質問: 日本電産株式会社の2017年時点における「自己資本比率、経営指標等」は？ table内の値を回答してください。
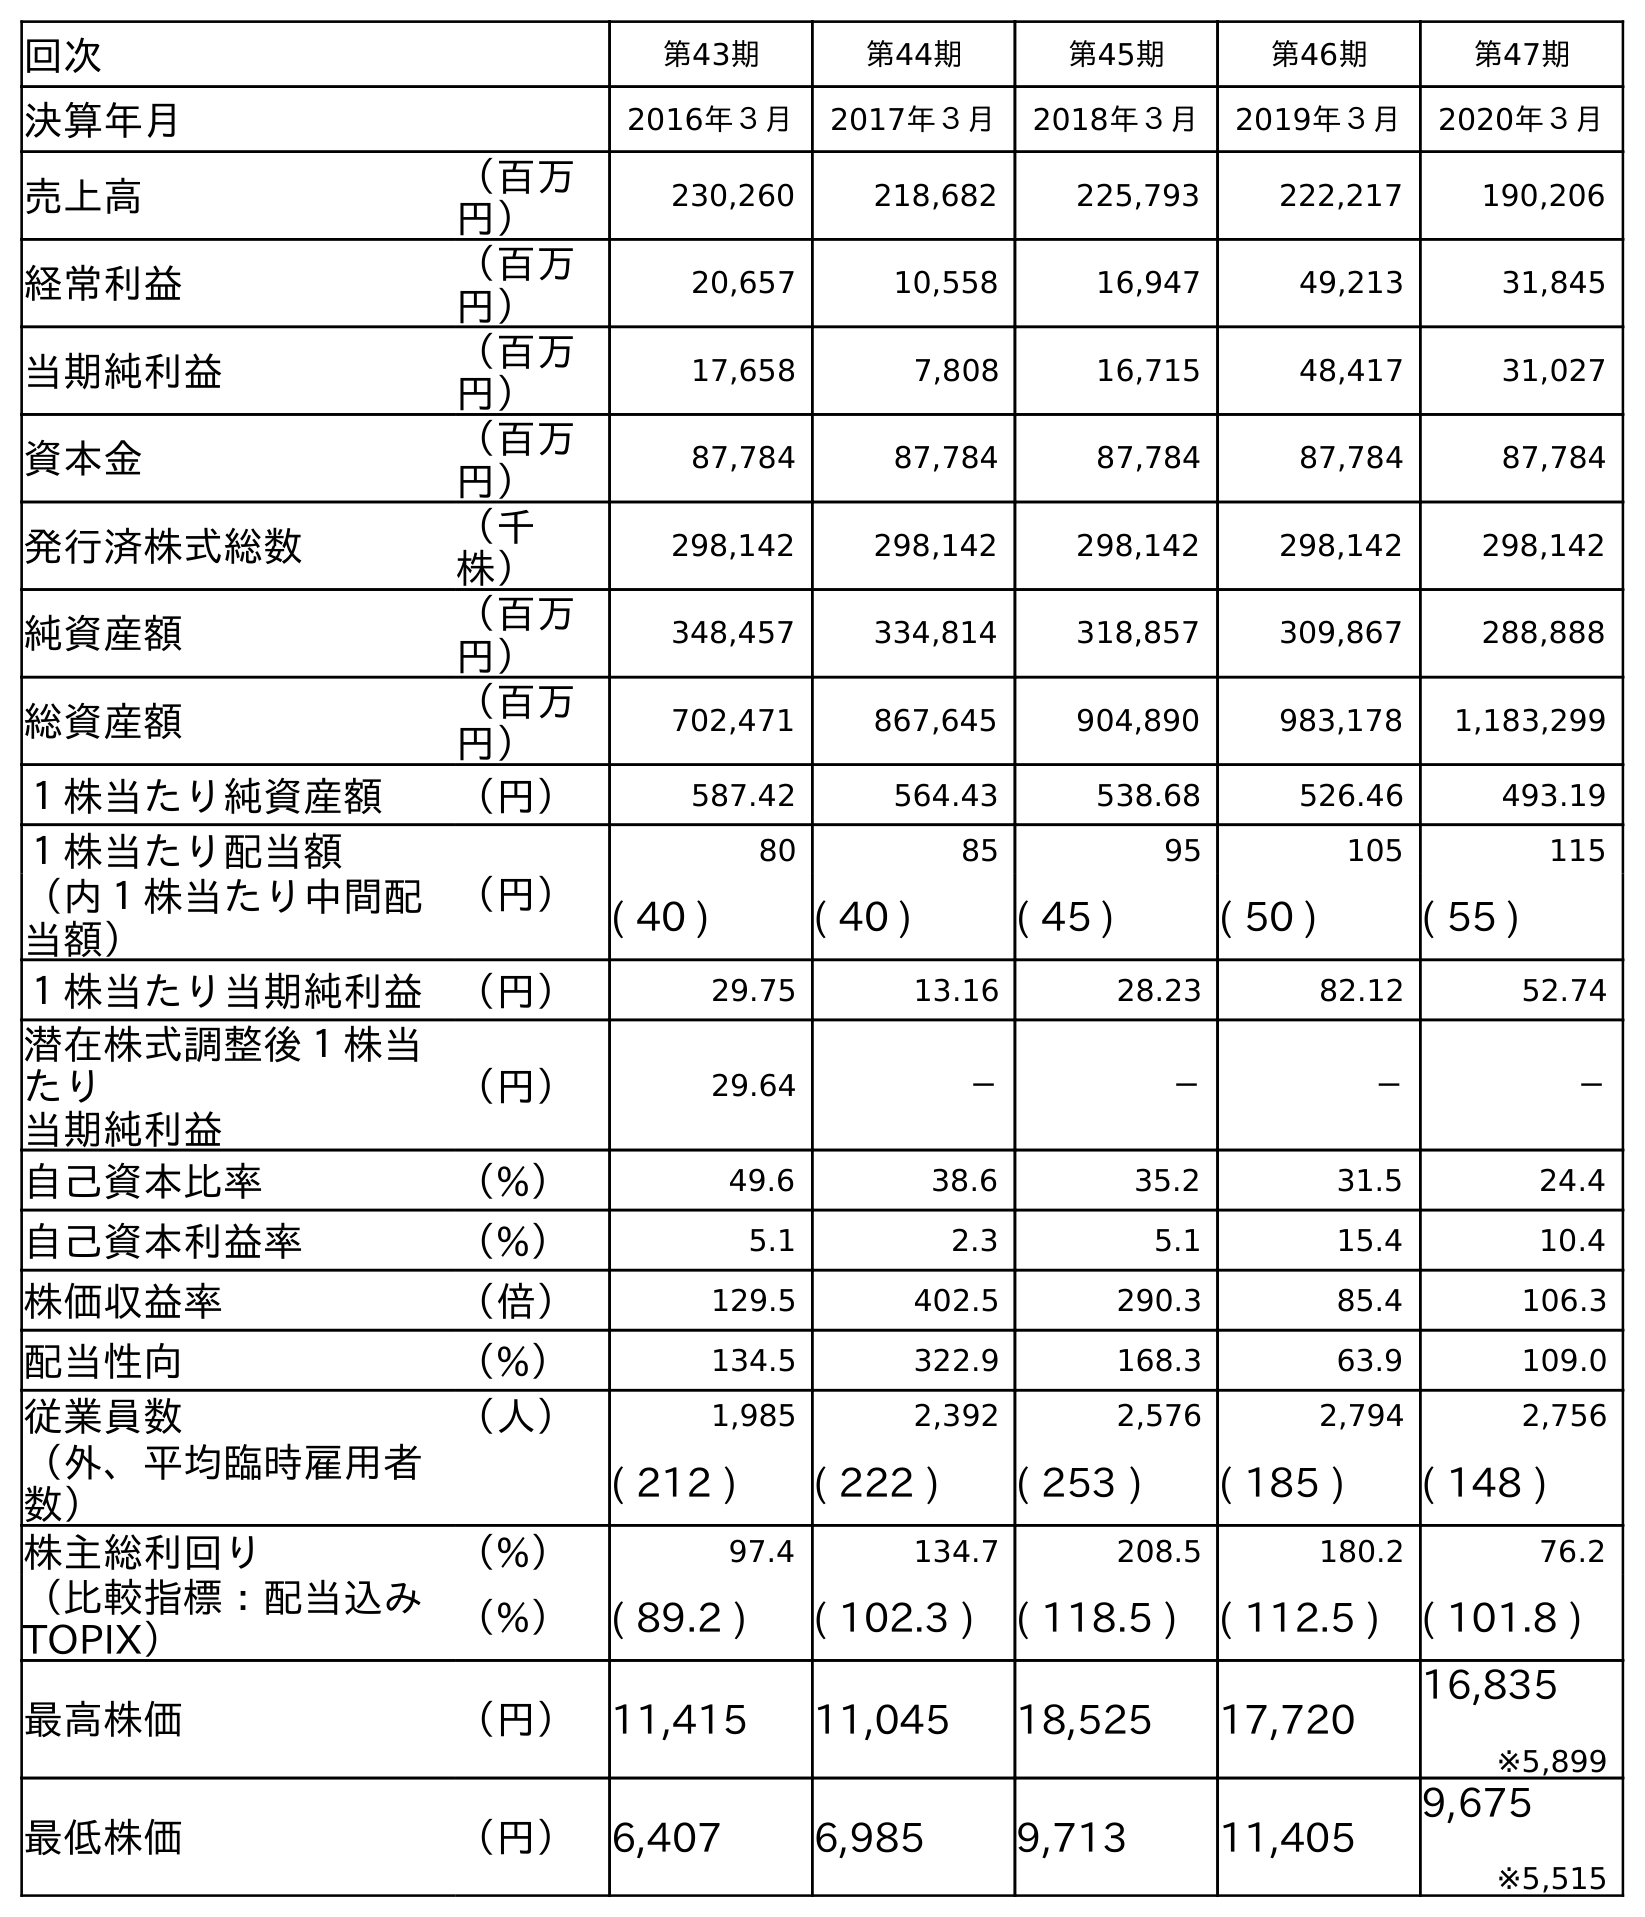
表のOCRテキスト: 回次 第43期 第44期 第45期 第46期 第47期 決算年月 2016年３月 2017年３月 2018年３月 2019年３月 2020年３月 売上高 （百万 円） 230,260 218,682 225,793 222,217 190,206 経常利益 （百万 円） 20,657 10,558 16,947 49,213 31,845 当期純利益 （百万 円） 17,658 7,808 16,715 48,417 31,027 資本金 （百万 円） 87,784 87,784 87,784 87,784 87,784 発行済株式総数 （千 株） 298,142 298,142 298,142 298,142 298,142 純資産額 （百万 円） 348,457 334,814 318,857 309,867 288,888 総資産額 （百万 円） 702,471 867,645 904,890 983,178 1,183,299 １株当たり純資産額 （円） 587.42 564.43 538.68 526.46 493.19 １株当たり配当額 （円） 80 85 95 105 115 （内１株当たり中間配 当額） ( 40 ) ( 40 ) ( 45 ) ( 50 ) ( 55 ) １株当たり当期純利益 （円） 29.75 13.16 28.23 82.12 52.74 潜在株式調整後１株当 たり 当期純利益 （円） 29.64 － － － － 自己資本比率 （%） 49.6 38.6 35.2 31.5 24.4 自己資本利益率 （%） 5.1 2.3 5.1 15.4 10.4 株価収益率 （倍） 129.5 402.5 290.3 85.4 106.3 配当性向 （%） 134.5 322.9 168.3 63.9 109.0 従業員数 （人） 1,985 2,392 2,576 2,794 2,756 （外、平均臨時雇用者 数） ( 212 ) ( 222 ) ( 253 ) ( 185 ) ( 148 ) 株主総利回り （%） 97.4 134.7 208.5 180.2 76.2 （比較指標：配当込み TOPIX） （%） ( 89.2 ) ( 102.3 ) ( 118.5 ) ( 112.5 ) ( 101.8 ) 最高株価 （円） 11,415 11,045 18,525 17,720 16,835 ※5,899 最低株価 （円） 6,407 6,985 9,713 11,405 9,675 ※5,515
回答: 38.6